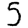
Digit: 5